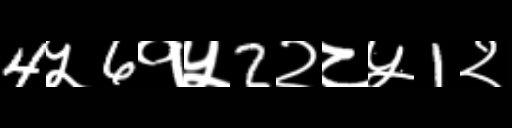
Text: 4५6१५2२८५1२